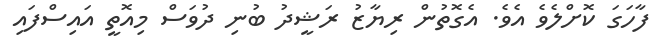
ފާހަގަ ކޮށްލެވެ އެވެ. އެގޮތުން ރިޔާޒު ރަޝީދު ބުނި ދުވަސް މިއޮތީ އައިސްފައި